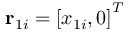
\mathbf { r } _ { 1 i } = \left[ x _ { 1 i } , 0 \right] ^ { T }